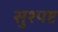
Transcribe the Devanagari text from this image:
सुश्पष्ट